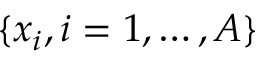
\{ x _ { i } , i = 1 , \dots , A \}